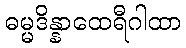
ဓမ္မဒိန္နာထေရီဂါထာ